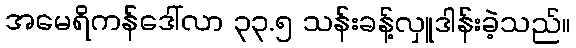
အမေရိကန်ဒေါ်လာ ၃၃.၅ သန်းခန့်လှူဒါန်းခဲ့သည်။